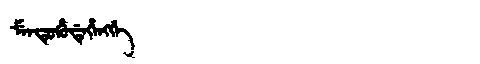
Manchu: ᠮᡝᠨᡨᡠᡥᡠᡩᡝᡥᡝᠩᡤᡝ
Romanization: MENTUHUDEHENGGE